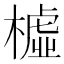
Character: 𣚛